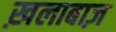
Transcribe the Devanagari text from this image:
ख़लाबाज़